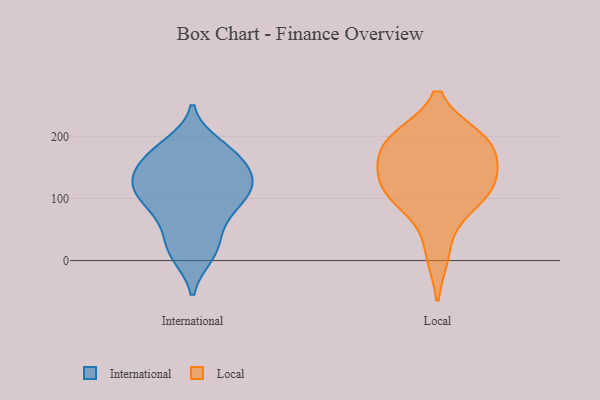
{"axis": {"x": "Revenue (USD Million)", "y": "Value"}, "legend": ["International", "Local"], "data": [{"x": "", "y": 172, "type": "International"}, {"x": "", "y": 48, "type": "International"}, {"x": "", "y": 167, "type": "International"}, {"x": "", "y": 16, "type": "International"}, {"x": "", "y": 166, "type": "International"}, {"x": "", "y": 121, "type": "International"}, {"x": "", "y": 123, "type": "International"}, {"x": "", "y": 138, "type": "International"}, {"x": "", "y": 185, "type": "International"}, {"x": "", "y": 102, "type": "International"}, {"x": "", "y": 87, "type": "International"}, {"x": "", "y": 73, "type": "International"}, {"x": "", "y": 120, "type": "International"}, {"x": "", "y": 173, "type": "International"}, {"x": "", "y": 125, "type": "International"}, {"x": "", "y": 10, "type": "International"}, {"x": "", "y": 128, "type": "International"}, {"x": "", "y": 18, "type": "International"}, {"x": "", "y": 90, "type": "International"}, {"x": "", "y": 133, "type": "Local"}, {"x": "", "y": 190, "type": "Local"}, {"x": "", "y": 153, "type": "Local"}, {"x": "", "y": 129, "type": "Local"}, {"x": "", "y": 190, "type": "Local"}, {"x": "", "y": 11, "type": "Local"}, {"x": "", "y": 117, "type": "Local"}, {"x": "", "y": 95, "type": "Local"}, {"x": "", "y": 90, "type": "Local"}, {"x": "", "y": 192, "type": "Local"}, {"x": "", "y": 197, "type": "Local"}]}